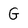
Character: G